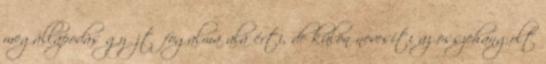
megállapodás gyűjtőfogalma alá érti, de külön nevesíti az összehangolt